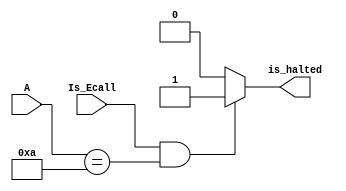
module is_Ecall_and_ten (
    input [31:0] A,  // input
    input Is_Ecall,
    output reg is_halted
  );
  always @(*) begin
      if((Is_Ecall==1)&&(A==32'd10)) begin
          is_halted<=1;
      end
      else begin
          is_halted<=0;
      end
  end
  
endmodule